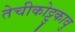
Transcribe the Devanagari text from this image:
तेचीकोट्टुकावु